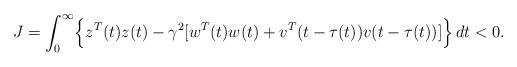
LaTeX: \begin{align*}J=\int_0^\infty\Bigl\{z^T(t)z(t)-\gamma^2[w^T(t)w(t)+v^T(t-\tau(t))v(t-\tau(t))]\Bigr\}\,dt<0.\end{align*}